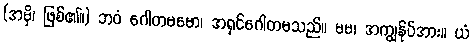
(အမှိ၊ ဖြစ်၏။) ဘဝံ ဂေါတမမော၊ အရှင်ဂေါတမသည်။ မမ၊ အကျွန်ုပ်အား။ ယံ